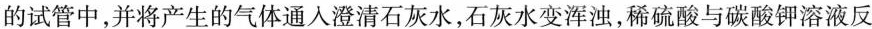
的试管中，并将产生的气体通人澄清石灰水，石灰水变浑浊，稀硫酸与碳酸钾溶液反